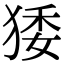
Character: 㹻